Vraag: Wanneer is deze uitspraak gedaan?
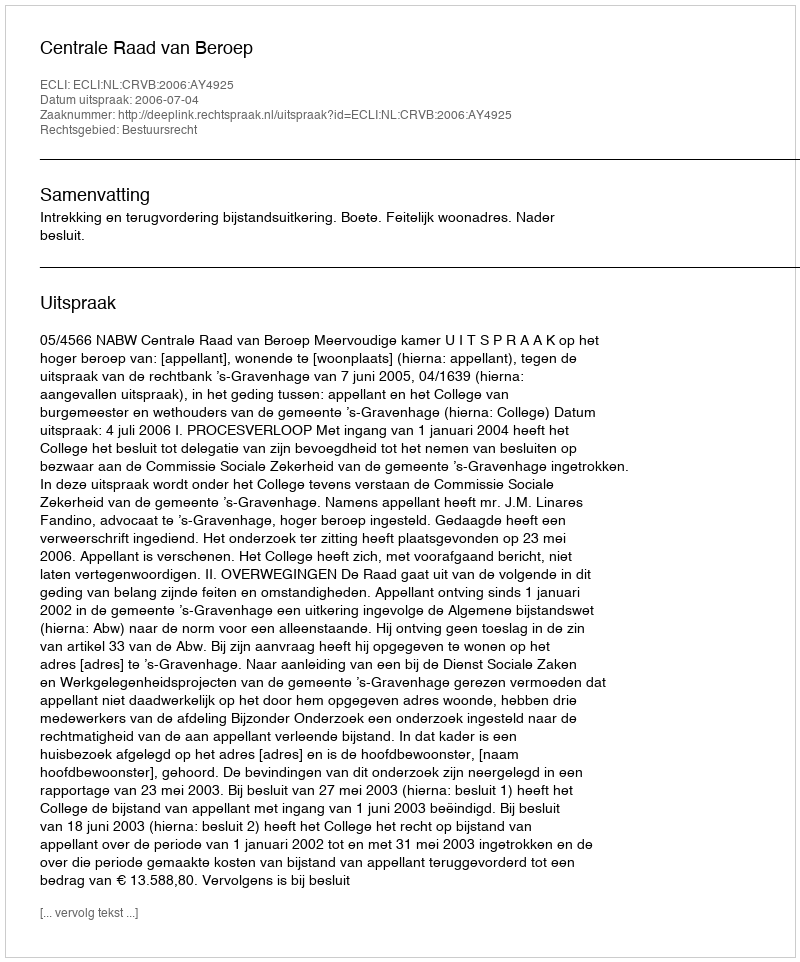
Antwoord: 2006-07-04